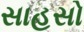
સાહસો